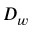
D _ { w }